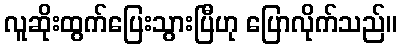
လူဆိုးထွက်ပြေးသွားပြီဟု ပြောလိုက်သည်။